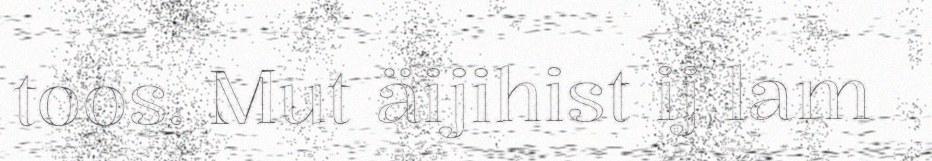
toos. Mut äijihist ij lam